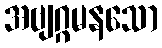
အဗျဂ္ဂမနသော